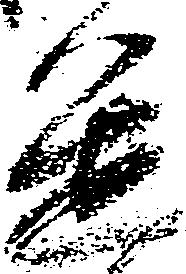
進